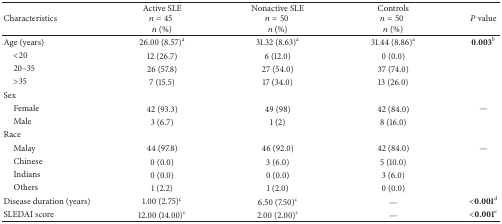
| Characteristics | Active SLEn = 45 n (%) | Nonactive SLEn = 50 n (%) | Controlsn = 50 n (%) | P value |
 | --- | --- | --- | --- | --- |
 | Age (years) | 26.00 (8.57)a | 31.32 (8.63)a | 31.44 (8.86)a | 0.003 b |
 | <20 | 12 (26.7) | 6 (12.0) | 0 (0.0) |  |
 | 20–35 | 26 (57.8) | 27 (54.0) | 37 (74.0) |  |
 | >35 | 7 (15.5) | 17 (34.0) | 13 (26.0) |  |
 | Sex |  |  |  |  |
 | Female | 42 (93.3) | 49 (98) | 42 (84.0) | — |
 | Male | 3 (6.7) | 1 (2) | 8 (16.0) |  |
 | Race |  |  |  |  |
 | Malay | 44 (97.8) | 46 (92.0) | 42 (84.0) | — |
 | Chinese | 0 (0.0) | 3 (6.0) | 5 (10.0) |  |
 | Indians | 0 (0.0) | 0 (0.0) | 3 (6.0) |  |
 | Others | 1 (2.2) | 1 (2.0) | 0 (0.0) |  |
 | Disease duration (years) | 1.00 (2.75)c | 6.50 (7.50)c | — | <0.001 d |
 | SLEDAI score | 12.00 (14.00)c | 2.00 (2.00)c | — | <0.001 e |